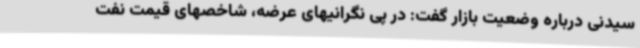
سیدنی درباره وضعیت بازار گفت: در پی نگرانیهای عرضه، شاخصهای قیمت نفت